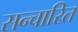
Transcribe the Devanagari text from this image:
सन्चारित